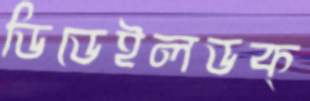
ডিডেইলডক্